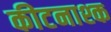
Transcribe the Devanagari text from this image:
कीटनाश्क